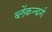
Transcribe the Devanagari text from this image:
ब्लेंकन्बर्ग